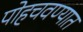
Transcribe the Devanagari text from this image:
पोहचवण्यात